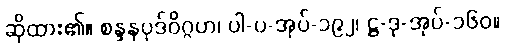
ဆိုထား၏။ စန္ဒနပုဒ်ဝိဂ္ဂဟ၊ ပါ-ပ-အုပ်-၁၉၂၊ ဋ္ဌ-ဒု-အုပ်-၁၆၀။